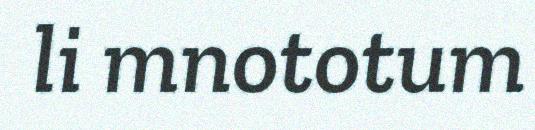
li mnototum